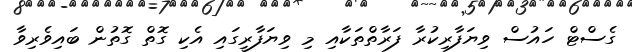
ގެސްޓް ހައުސް ވިޔަފާރިކުރާ ފަރާތްތަކާއި މި ވިޔަފާރީގައި އެކި ގޮތް ގޮތުން ބައިވެރިވާ